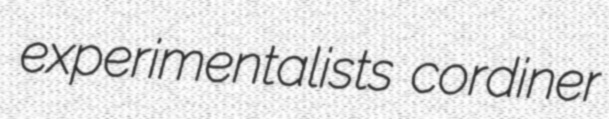
experimentalists cordiner